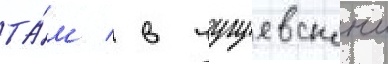
та́м / в чугуевскои